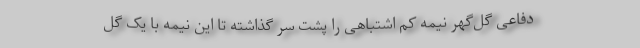
دفاعی گل‌گهر نیمه کم اشتباهی را پشت سر گذاشته تا این نیمه با یک گل